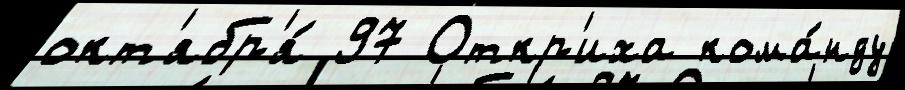
окт'ябр'я́ 97 Откр'иха кома́нду